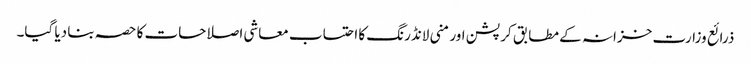
ذرائع وزارت خزانہ کے مطابق کرپشن اور منی لانڈرنگ کا احتساب معاشی اصلاحات کا حصہ بنا دیا گیا۔